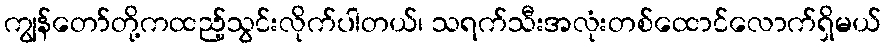
ကျွန်တော်တို့ကထည့်သွင်းလိုက်ပါတယ်၊ သရက်သီးအလုံးတစ်ထောင်လောက်ရှိမယ်